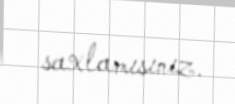
saxlamısınız.